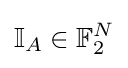
\mathbb {I} _{A}\in \mathbb {F} _{2}^{N}